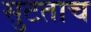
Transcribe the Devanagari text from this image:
सुटताच